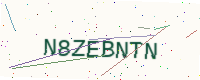
Text: N8ZEBNTN